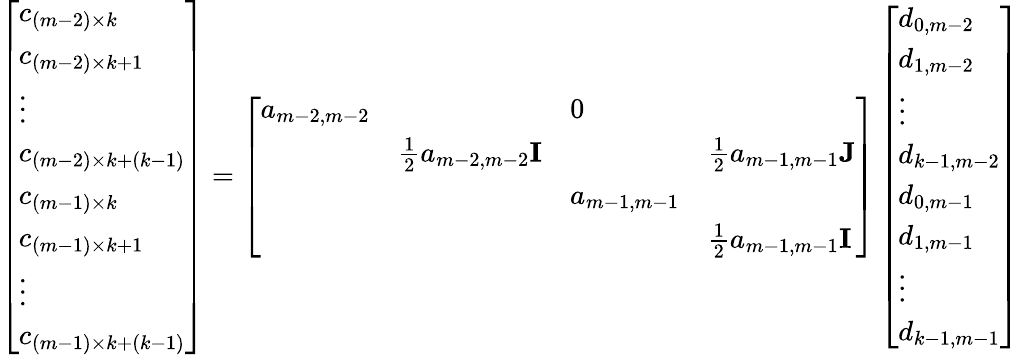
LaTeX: \begin{array}{r}{\left[\begin{array}{l}{c_{(m-2)\times k}}\\ {c_{(m-2)\times k+1}}\\ {\vdots}\\ {c_{(m-2)\times k+(k-1)}}\\ {c_{(m-1)\times k}}\\ {c_{(m-1)\times k+1}}\\ {\vdots}\\ {c_{(m-1)\times k+(k-1)}}\end{array}\right]=\left[\begin{array}{llll}{a_{m-2,m-2}}&&{0}&\\ &{\frac{1}{2}a_{m-2,m-2}{\mathbf I}}&&{\frac{1}{2}a_{m-1,m-1}{\mathbf J}}\\ &&{a_{m-1,m-1}}&\\ &&&{\frac{1}{2}a_{m-1,m-1}{\mathbf I}}\end{array}\right]\left[\begin{array}{l}{d_{0,m-2}}\\ {d_{1,m-2}}\\ {\vdots}\\ {d_{k-1,m-2}}\\ {d_{0,m-1}}\\ {d_{1,m-1}}\\ {\vdots}\\ {d_{k-1,m-1}}\end{array}\right]}\end{array}